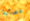
عصابة